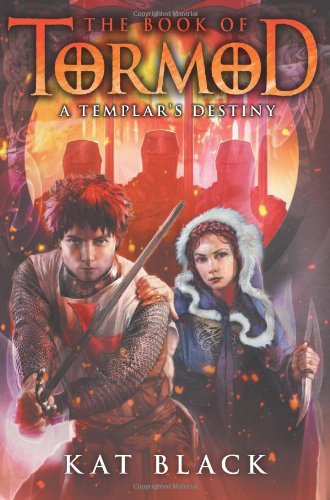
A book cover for The Book of Tormod #3: A Templar's Destiny; Kat Black; Teen & Young Adult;